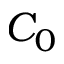
C _ { 0 }